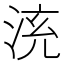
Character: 𣴹